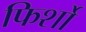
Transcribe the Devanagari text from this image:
फिर्शो